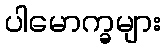
ပါမောက္ခများ